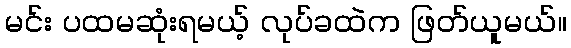
မင်း ပထမဆုံးရမယ့် လုပ်ခထဲက ဖြတ်ယူမယ်။